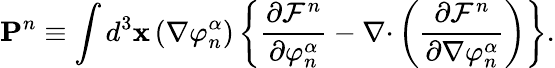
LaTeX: \mathbf{P}^{n}\equiv\int d^{3}\mathbf{x}\left(\nabla\varphi_{n}^{\alpha}\right)\left\{ \frac{\partial\mathcal{F}^{n}}{\partial\varphi_{n}^{\alpha}}-\nabla\mathbf{\cdot}\left(\frac{\partial\mathcal{F}^{n}}{\partial\nabla\varphi_{n}^{\alpha}}\right)\right\} .